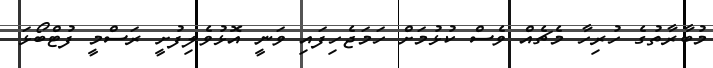
މުބާރާތުގެ ހުރިހާ މެޗެއް ވެސް ކުޅުމަށް ހަމަޖެހިފައި ވަނީ އޮޅުވެލިފުށީ ރަސްމީ ފުޓްބޯޅަ